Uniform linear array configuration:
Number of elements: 16
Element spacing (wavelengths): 0.5
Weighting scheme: binomial
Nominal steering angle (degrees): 15
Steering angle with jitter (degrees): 16.029
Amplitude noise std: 0.05
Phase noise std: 0.05

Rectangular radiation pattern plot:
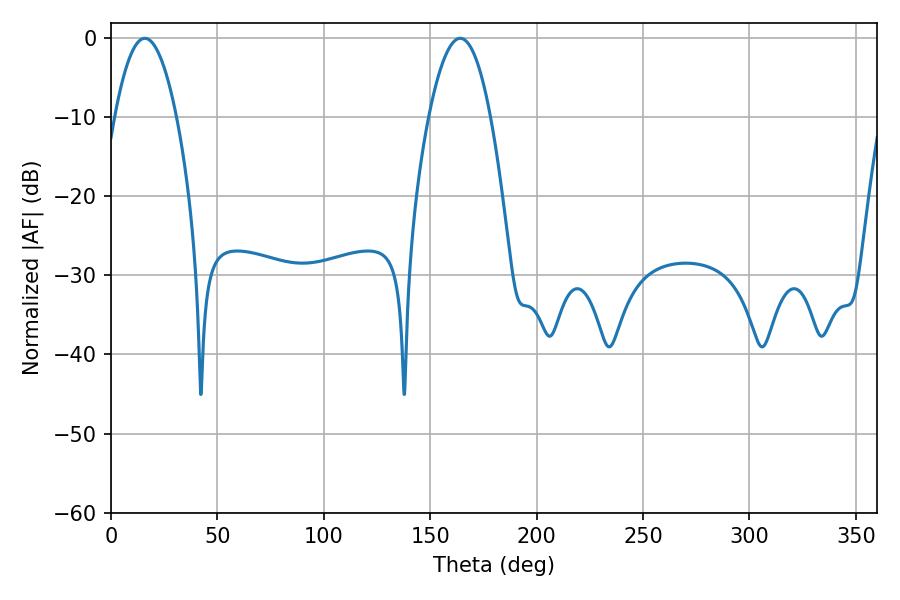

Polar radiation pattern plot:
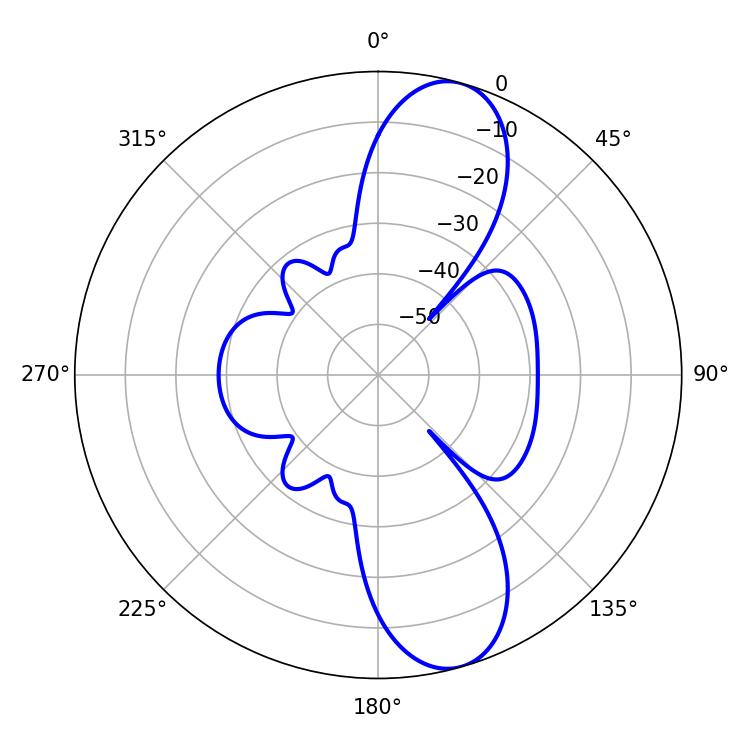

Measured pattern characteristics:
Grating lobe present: FALSE
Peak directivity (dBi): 10.837
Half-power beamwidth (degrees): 15.84
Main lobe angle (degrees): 15.84